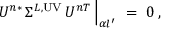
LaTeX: U ^ { n * } \, \Sigma ^ { L , \mathrm { U V } } \, U ^ { n T } \, \Big | _ { \alpha l ^ { \prime } } \ = \ 0 \, ,